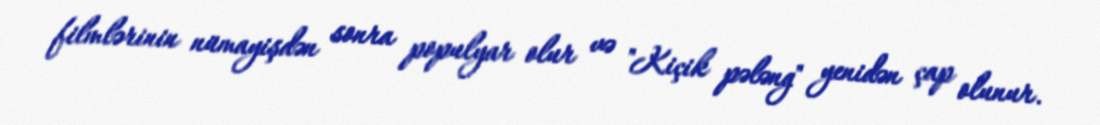
filmlərinin nümayişdən sonra populyar olur və "Kiçik pələng" yenidən çap olunur.